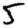
Digit: 5